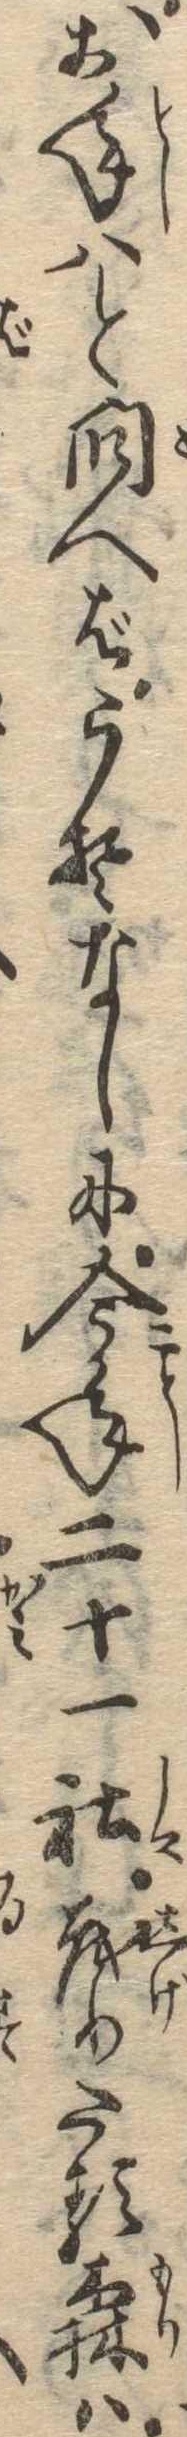
お年はと問へばうそなしに今年二十一社茂りたる森は